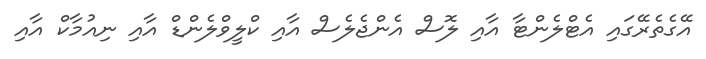
އޭގެތެރޭގައި އެޓްލެންޓާ އާއި ލޮސް އެންޖެލެސް އާއި ކްލީވްލެންޑް އާއި ނިއުމާކް އާއި